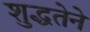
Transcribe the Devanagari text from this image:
शुद्धतेने